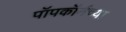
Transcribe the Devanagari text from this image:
पॉपकॉर्नच्या